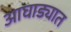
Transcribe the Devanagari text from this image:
आघाड्यात